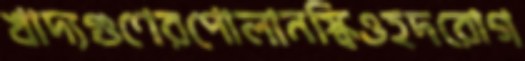
খাদ্যগুণেরপোলানস্কিওহদরোগ